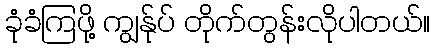
ခုံခံကြဖို့ ကျွန်ုပ် တိုက်တွန်းလိုပါတယ်။